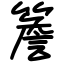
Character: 簷